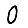
Digit: 0